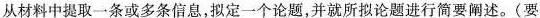
从材料中提取一条或多条信息，拟定一个论题，并就所拟论题进行简要阐述。(要